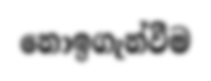
නොඉගැන්වීම